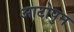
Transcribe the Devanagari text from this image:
आटोपुन